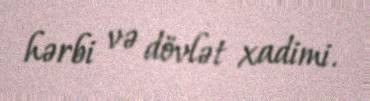
hərbi və dövlət xadimi.